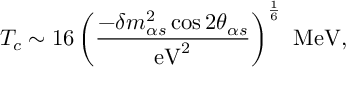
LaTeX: T _ { c } \sim 1 6 \left( { \frac { - \delta m _ { \alpha s } ^ { 2 } \cos 2 \theta _ { \alpha s } } { \mathrm { e V } ^ { 2 } } } \right) ^ { \frac { 1 } { 6 } } \ \mathrm { M e V } ,